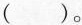
()。